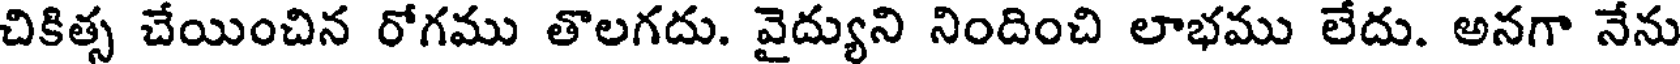
చికిత్స చేయించిన రోగము తొలగదు. వైద్యుని నిందించి లాభము లేదు. అనగా నేను